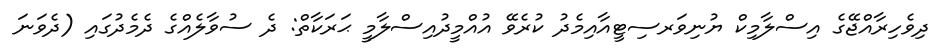
ދިވެހިރާއްޖޭގެ އިސްލާމިކް ޔުނިވަރސިޓީއާއިމެދު ކުރެވޭ އުއްމީދުއިސްލާމީ ޙަރަކާތް: ދެ ސުވާލެއްގެ ދެމެދުގައި (ދެވަނަ